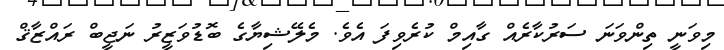
މިވަނީ ތިންވަނަ ސަރުކާރެއް ގާއިމް ކުރެވިފަ އެވެ. މެލޭޝިޔާގެ ބޮޑުވަޒީރު ނަޖީބް ރައްޒާޤް